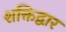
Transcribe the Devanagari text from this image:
शक्तिद्वार